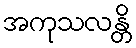
အကုသလန္တိ